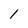
Character: 1